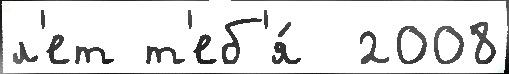
л'ет т'еб'я́  2008